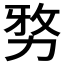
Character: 𭄯